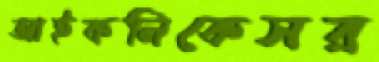
আইকনিকেসর